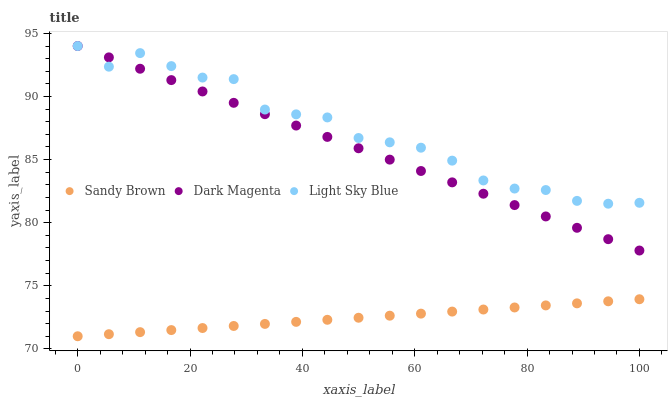
| xaxis_label | Sandy Brown | Dark Magenta | Light Sky Blue |
 | --- | --- | --- | --- |
 | 0 | 71 | 94 | 94 |
 | 5.56 | 71.2 | 93.1 | 92.4 |
 | 11.1 | 71.3 | 92.2 | 93.4 |
 | 16.7 | 71.5 | 91.3 | 92.4 |
 | 22.2 | 71.7 | 90.4 | 91.5 |
 | 27.8 | 71.8 | 89.5 | 91.4 |
 | 33.3 | 72 | 88.6 | 89 |
 | 38.9 | 72.1 | 87.7 | 88.6 |
 | 44.4 | 72.3 | 86.8 | 88.3 |
 | 50 | 72.5 | 85.9 | 86.7 |
 | 55.6 | 72.6 | 85 | 86.4 |
 | 61.1 | 72.8 | 84.1 | 85.9 |
 | 66.7 | 73 | 83.2 | 84.9 |
 | 72.2 | 73.1 | 82.3 | 83.3 |
 | 77.8 | 73.3 | 81.4 | 82.7 |
 | 83.3 | 73.4 | 80.5 | 82.6 |
 | 88.9 | 73.6 | 79.6 | 81.7 |
 | 94.4 | 73.8 | 78.7 | 81.5 |
 | 100 | 73.9 | 77.8 | 81.6 |